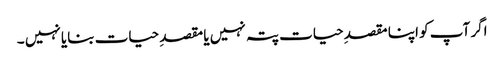
اگر آپ کو اپنا مقصدِ حیات پتہ نہیں یا مقصدِ حیات بنایا نہیں ۔